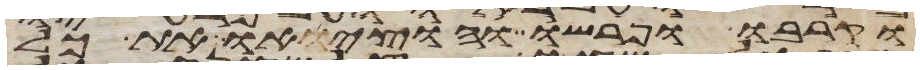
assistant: וקרבו ופרשו והוציאו את כל